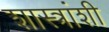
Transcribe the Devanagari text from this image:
शास्त्रांशी